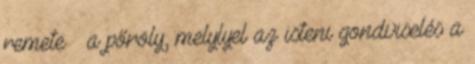
remete  a pőröly, melylyel az isteni gondviselés a